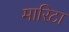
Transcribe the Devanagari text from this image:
मारिटा